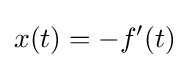
x(t)=-f'(t)